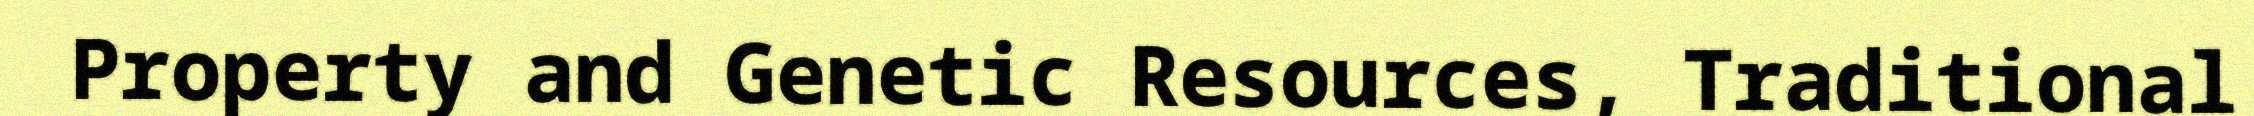
Property and Genetic Resources, Traditional